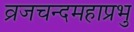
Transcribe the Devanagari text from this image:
व्रजचन्दमहाप्रभु